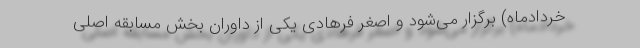
خردادماه) برگزار می‌شود و اصغر فرهادی یکی از داوران بخش مسابقه اصلی